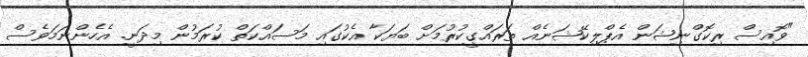
"ވޮއިސް ރިކޮގްނިޝަން އެޕްލިކޭޝަނެއް ތަރައްގީކުރުމަށް ބަޔަކާ އެކުގައި މަސައްކަތް ކުރަމުން މިދަނީ. އެހެންނަމަވެސް